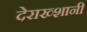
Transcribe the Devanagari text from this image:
देराख्शानी